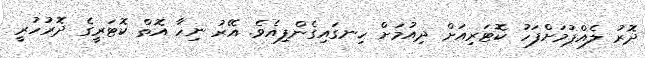
ދޮރު ލެއްޕުމަށްފަހު ކޮޓަރިއަށް ދިއުމަށް ހިނގައިގެންފިއެވެ. އޭރު ނިހާ އޮތް ކޮޓަރީގެ ދޮރުހުރީ